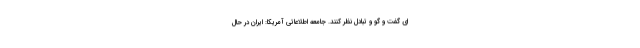
ای گفت و گو و تبادل نظر کنند. جامعه اطلاعاتی آمریکا: ایران در حال